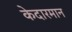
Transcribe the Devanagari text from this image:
केदारमान